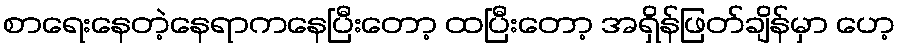
စာရေးနေတဲ့နေရာကနေပြီးတော့ ထပြီးတော့ အရှိန်ဖြတ်ချိန်မှာ ဟေ့